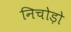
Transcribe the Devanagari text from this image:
निचोड़ो